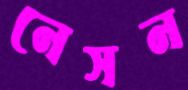
নেসন